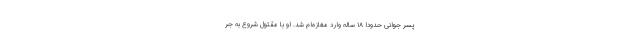
پسر جوانی حدوداً ۱۸ ساله وارد مغازه‌ام شد. او با مقتول شروع به جر